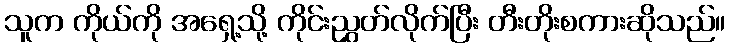
သူက ကိုယ်ကို အရှေ့သို့ ကိုင်းညွှတ်လိုက်ပြီး တီးတိုးစကားဆိုသည်။